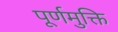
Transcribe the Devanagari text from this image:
पूर्णमुक्ति